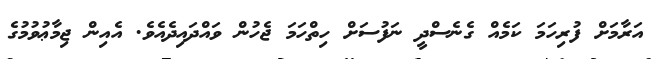
އަރާމަށް ފުރިހަމަ ކަމެއް ގެނެސްދީ ނަފުސަށް ހިތްހަމަ ޖެހުން ވައްދައިދެއެވެ. އެއިން ޖިމާޢުވުމުގެ